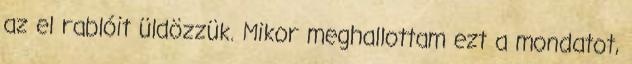
az el rablóit üldözzük. Mikor meghallottam ezt a mondatot,